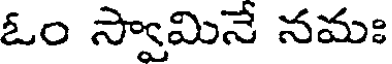
ఓం స్వామినే నమః